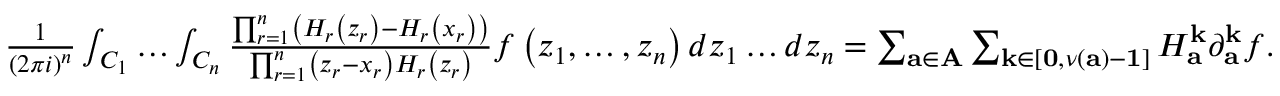
\begin{array} { r l r } & { } & { \frac { 1 } { \left( 2 \pi i \right) ^ { n } } \int _ { C _ { 1 } } \dots \int _ { C _ { n } } \frac { \prod _ { r = 1 } ^ { n } \left( H _ { r } \left( z _ { r } \right) - H _ { r } \left( x _ { r } \right) \right) } { \prod _ { r = 1 } ^ { n } \left( z _ { r } - x _ { r } \right) H _ { r } \left( z _ { r } \right) } f \left( z _ { 1 } , \dots , z _ { n } \right) d z _ { 1 } \dots d z _ { n } = \sum _ { \mathbf { a \in A } } \sum _ { \mathbf { k \in } \left[ \mathbf { 0 , } \nu \left( \mathbf { a } \right) - \mathbf { 1 } \right] } H _ { \mathbf { a } } ^ { \mathbf { k } } \partial _ { \mathbf { a } } ^ { \mathbf { k } } f . } \end{array}